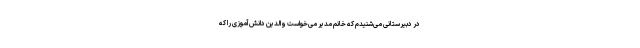
در دبیرستانی می‌شنیدم که خانم مدیر می‌خواست والدین دانش‌آموزی را که